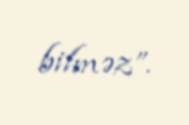
bilməz”.